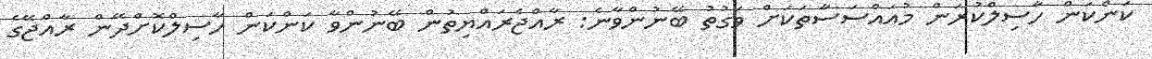
ކަންކަން ހާސިލްކުރަން މުއައްސަސާތަކަށް ވަގުތު ބޭނުންވާނެ: ރާއްޖެރައްޔިތުން ބޭނުންވާ ކަންކަން ހާސިލްކޮށްދޭން ރާއްޖޭގެ